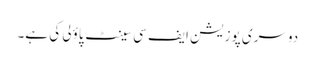
دوسری پوزیشن ایف سی سینٹ پاؤلی کی ہے۔